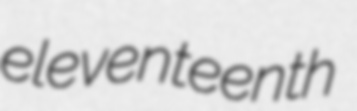
eleventeenth